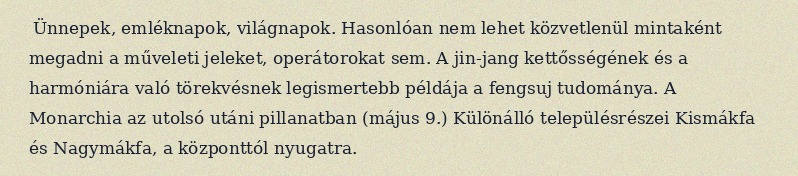
Ünnepek, emléknapok, világnapok. Hasonlóan nem lehet közvetlenül mintaként megadni a műveleti jeleket, operátorokat sem. A jin-jang kettősségének és a harmóniára való törekvésnek legismertebb példája a fengsuj tudománya. A Monarchia az utolsó utáni pillanatban (május 9.) Különálló településrészei Kismákfa és Nagymákfa, a központtól nyugatra.